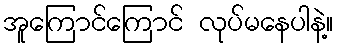
အူကြောင်ကြောင် လုပ်မနေပါနဲ့။